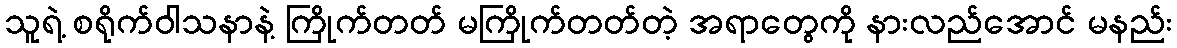
သူရဲ့ စရိုက်ဝါသနာနဲ့ ကြိုက်တတ် မကြိုက်တတ်တဲ့ အရာတွေကို နားလည်အောင် မနည်း